Civil Veterinary Department Bihar reports 1936-40 - 1936-1940
Year: 1936
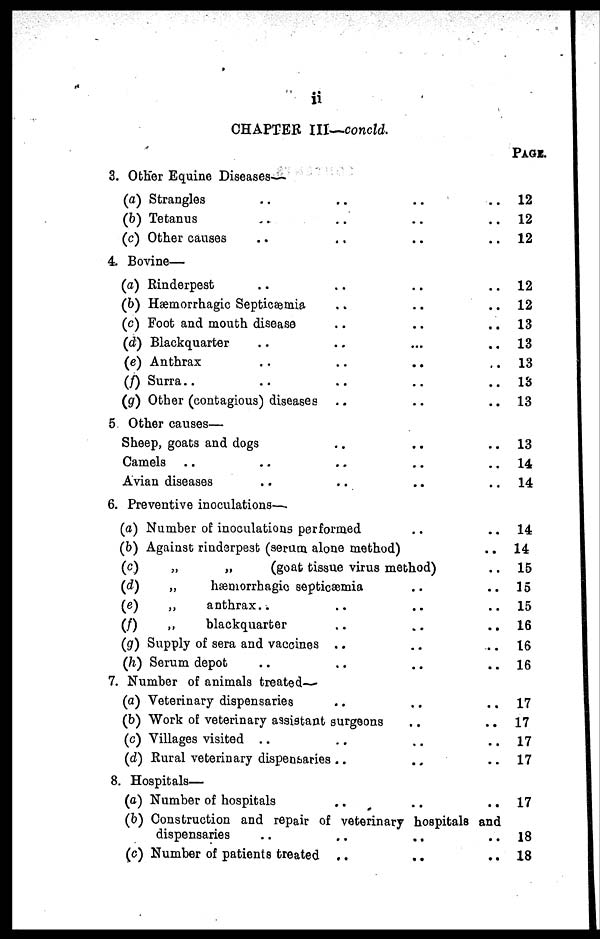
ii
CHAPTER III—concld.
3. Other Equine Diseases—
(a) Strangles .. .. ..
(b) Tetanus .. .. ..
(c) Other causes .. .. ..
4. Bovine—
(a) Rinderpest .. .. ..
(b) Hæmorrhagic Septicæmia .. ..
(c) Foot and mouth disease .. .. ..
(d) Blackquarter .. .. ...
(e) Anthrax
..
..
..
(f) Surra.. .. ..
(g) Other (contagious) diseases .. .. ..
5 Other causes—
Sheep, goats and dogs .. ..
Camels .. .. .. ..
Avian diseases .. .. .. ..
6. Preventive inoculations—.
(a) Number of inoculations performed .. ..
(b) Against rinderpest (serum alone method)
(c)
„
„
(goat tissue virus method)
(d)
„
hæmorrhagic septicæmia .. ..
(e)
„
anthrax.. ..
(f)
„
blackquarter .. ..
(g) Supply of sera and vaccines .. .. ..
(h) Serum depot .. .. ..
7. Number of animals treated—
(a) Veterinary dispensaries .. .. ..
(b) Work of veterinary assistant surgeons
(c) Villages visited .. .. ..
(d) Rural veterinary dispensaries .. ..
8. Hospitals—
(a) Number of hospitals .. .. ..
(b) Construction and repair of veterinary hospitals and
dispensaries .. .. .. ..
(c) Number of patients treated .. .. ..
Page.
12
12
12
12
12
13
13
13
13
13
13
14
14
14
14
15
15
15
16
16
16
17
17
17
17
17
18
18